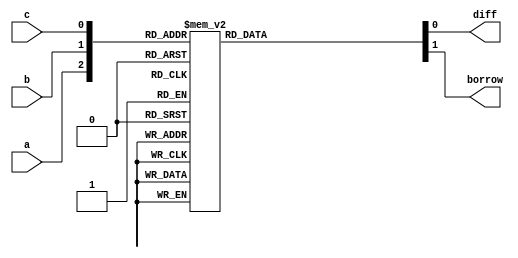
`timescale 1ns / 1ps
//////////////////////////////////////////////////////////////////////////////////
// Company: 
// Engineer: 
// 
// Design Name: 
// Module Name: Full_Subtractor_Behavirol
// Project Name: 
// Target Devices: 
// Tool Versions: 
// Description: 
// 
// Dependencies: 
// 
// Revision:
// Revision 0.01 - File Created
// Additional Comments:
// 
//////////////////////////////////////////////////////////////////////////////////


module Full_Subtractor_Behavirol(
input a,
input b,
input c, 
output  reg diff,
output reg borrow
);
  always@(*)
    begin
    case({a,b,c})
    3'b000:begin diff = 1'b0;borrow = 1'b0;end
    3'b001:begin diff = 1'b1;borrow = 1'b1;end
    3'b010:begin diff = 1'b1;borrow = 1'b1;end
    3'b011:begin diff = 1'b0;borrow = 1'b1;end
    3'b100:begin diff = 1'b1;borrow = 1'b0;end
    3'b101:begin diff = 1'b0;borrow = 1'b0;end
    3'b110:begin diff = 1'b0;borrow = 1'b0;end
    3'b111:begin diff = 1'b1;borrow = 1'b1;end
    
    endcase
    end
endmodule